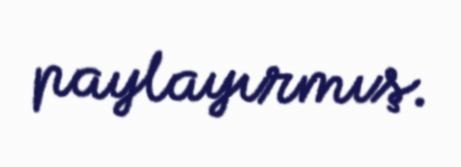
paylayırmış.